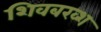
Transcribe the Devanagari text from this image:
शिवबख्श